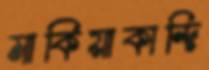
মাকিয়াকান্দি